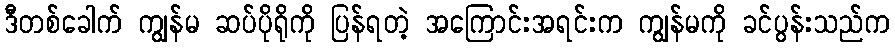
ဒီတစ်ခေါက် ကျွန်မ ဆပ်ပိုရိုကို ပြန်ရတဲ့ အကြောင်းအရင်းက ကျွန်မကို ခင်ပွန်းသည်က